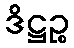
ဒိဋ္ဌဉ္စ